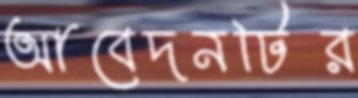
আবেদনটির